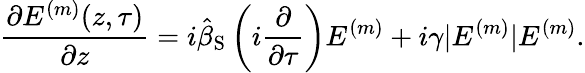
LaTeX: \frac{\partial E^{(m)}(z,\tau)}{\partial z}=i\hat{\beta}_{\mathrm{S}}\left(i\frac{\partial}{\partial\tau}\right)E^{(m)}+i\gamma|E^{(m)}|E^{(m)}.